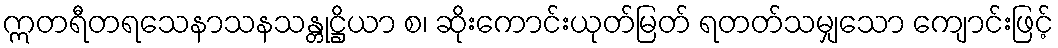
ဣတရီတရသေနာသနသန္တုဋ္ဌိယာ စ၊ ဆိုးကောင်းယုတ်မြတ် ရတတ်သမျှသော ကျောင်းဖြင့်